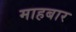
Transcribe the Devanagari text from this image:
माहबार